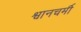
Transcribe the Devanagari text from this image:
श्वानचर्मी